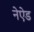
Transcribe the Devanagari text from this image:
नेऐड